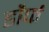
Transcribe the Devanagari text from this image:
डौर्फ